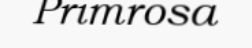
Primrosa